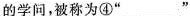
的学问，被称为④”___”